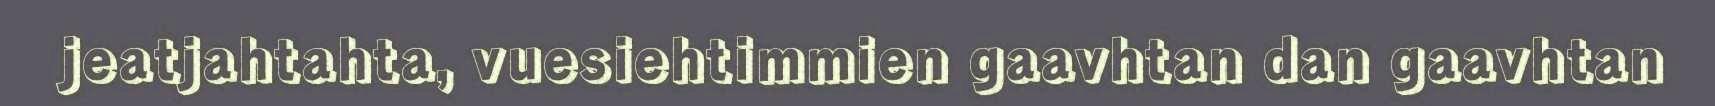
jeatjahtahta, vuesiehtimmien gaavhtan dan gaavhtan